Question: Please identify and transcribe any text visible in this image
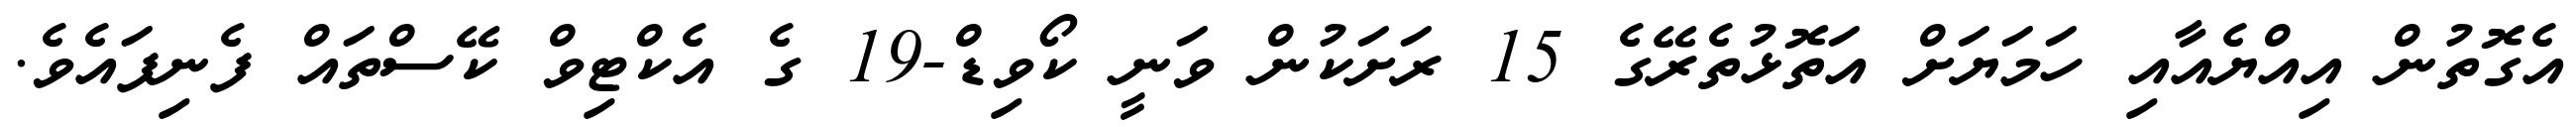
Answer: އެގޮތުން އިއްޔެއާއި ހަމަޔަށް އަތޮޅުތެރޭގެ 15 ރަށަކުން ވަނީ ކޯވިޑް-19 ގެ އެކްޓިވް ކޭސްތައް ފެނިފައެވެ.